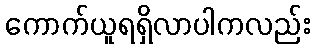
ကောက်ယူရရှိလာပါကလည်း